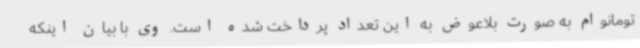
تومانوام به صورت بلاعوض به این تعداد پرداخت شده است. وی با بیان اینکه